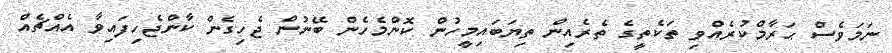
ނަމަވެސް ޙަރާމްކުރެއްވި ތަކެތީގެ ތެރެއިން ތިޔަބައިމީހުން ކޮންމެހެން ބޭނުން ޖެހިގެން ކާންޖެހިފައިވާ އެއްޗެއް